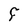
Character: F